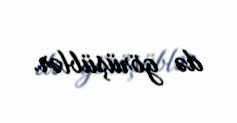
də görüşüblər.